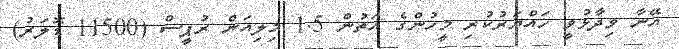
އޭނާ ވިދާޅުވީ ހައްޔަރުކުރި މީހުންގެ އަތުން 1.5 މިލިއަން ރުޕީސް (11500 ޑޮލަރު)